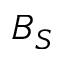
B _ { S }